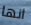
انها